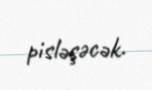
pisləşəcək.